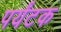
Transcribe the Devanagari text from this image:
पर्यंटक